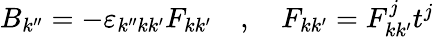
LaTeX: \begin{array}{r}{B_{k^{\prime\prime}}=-\varepsilon_{k^{\prime\prime}kk^{\prime}}F_{kk^{\prime}}\quad,\quad F_{kk^{\prime}}=F_{kk^{\prime}}^{j}t^{j}}\end{array}